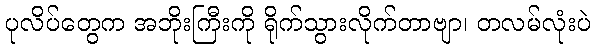
ပုလိပ်တွေက အဘိုးကြီးကို ရိုက်သွားလိုက်တာဗျာ၊ တလမ်လုံးပဲ